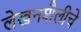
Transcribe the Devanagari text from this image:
लेखनशैलीचे